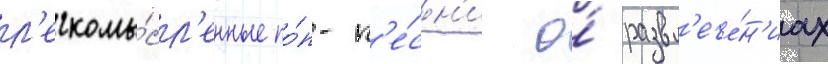
л'егкомы́сл'енные по́п-п'е́сн'и о́ развл'ече́н'иах